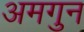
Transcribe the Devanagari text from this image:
अमगुन